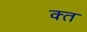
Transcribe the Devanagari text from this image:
क्‍त